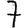
Digit: 7